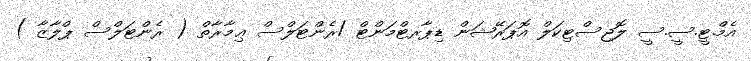
އެމް.ޓީ.ސީ.ސީ ލޮޖިސްޓިކަލް އޮޕަރޭޝަން ޑިޕާރޓްމަންޓް /ރެންޓަލްސް ޢިމާރާތް ( ރެންޓަލްސް ޕްލާޒާ )